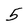
Character: 5